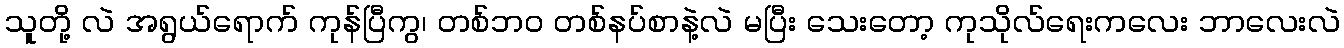
သူတို့ လဲ အရွယ်ရောက် ကုန်ပြီကွ၊ တစ်ဘဝ တစ်နပ်စာနဲ့လဲ မပြီး သေးတော့ ကုသိုလ်ရေးကလေး ဘာလေးလဲ